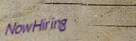
NowHiring